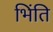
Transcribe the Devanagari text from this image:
भिंति